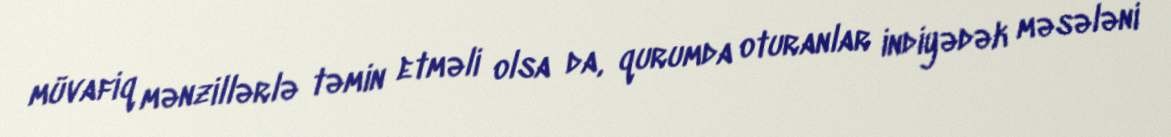
müvafiq mənzillərlə təmin etməli olsa da, qurumda oturanlar indiyədək məsələni